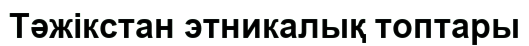
Тәжікстан этникалық топтары